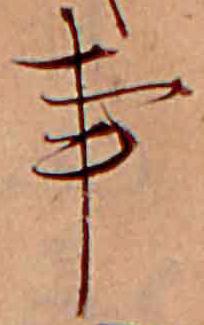
事